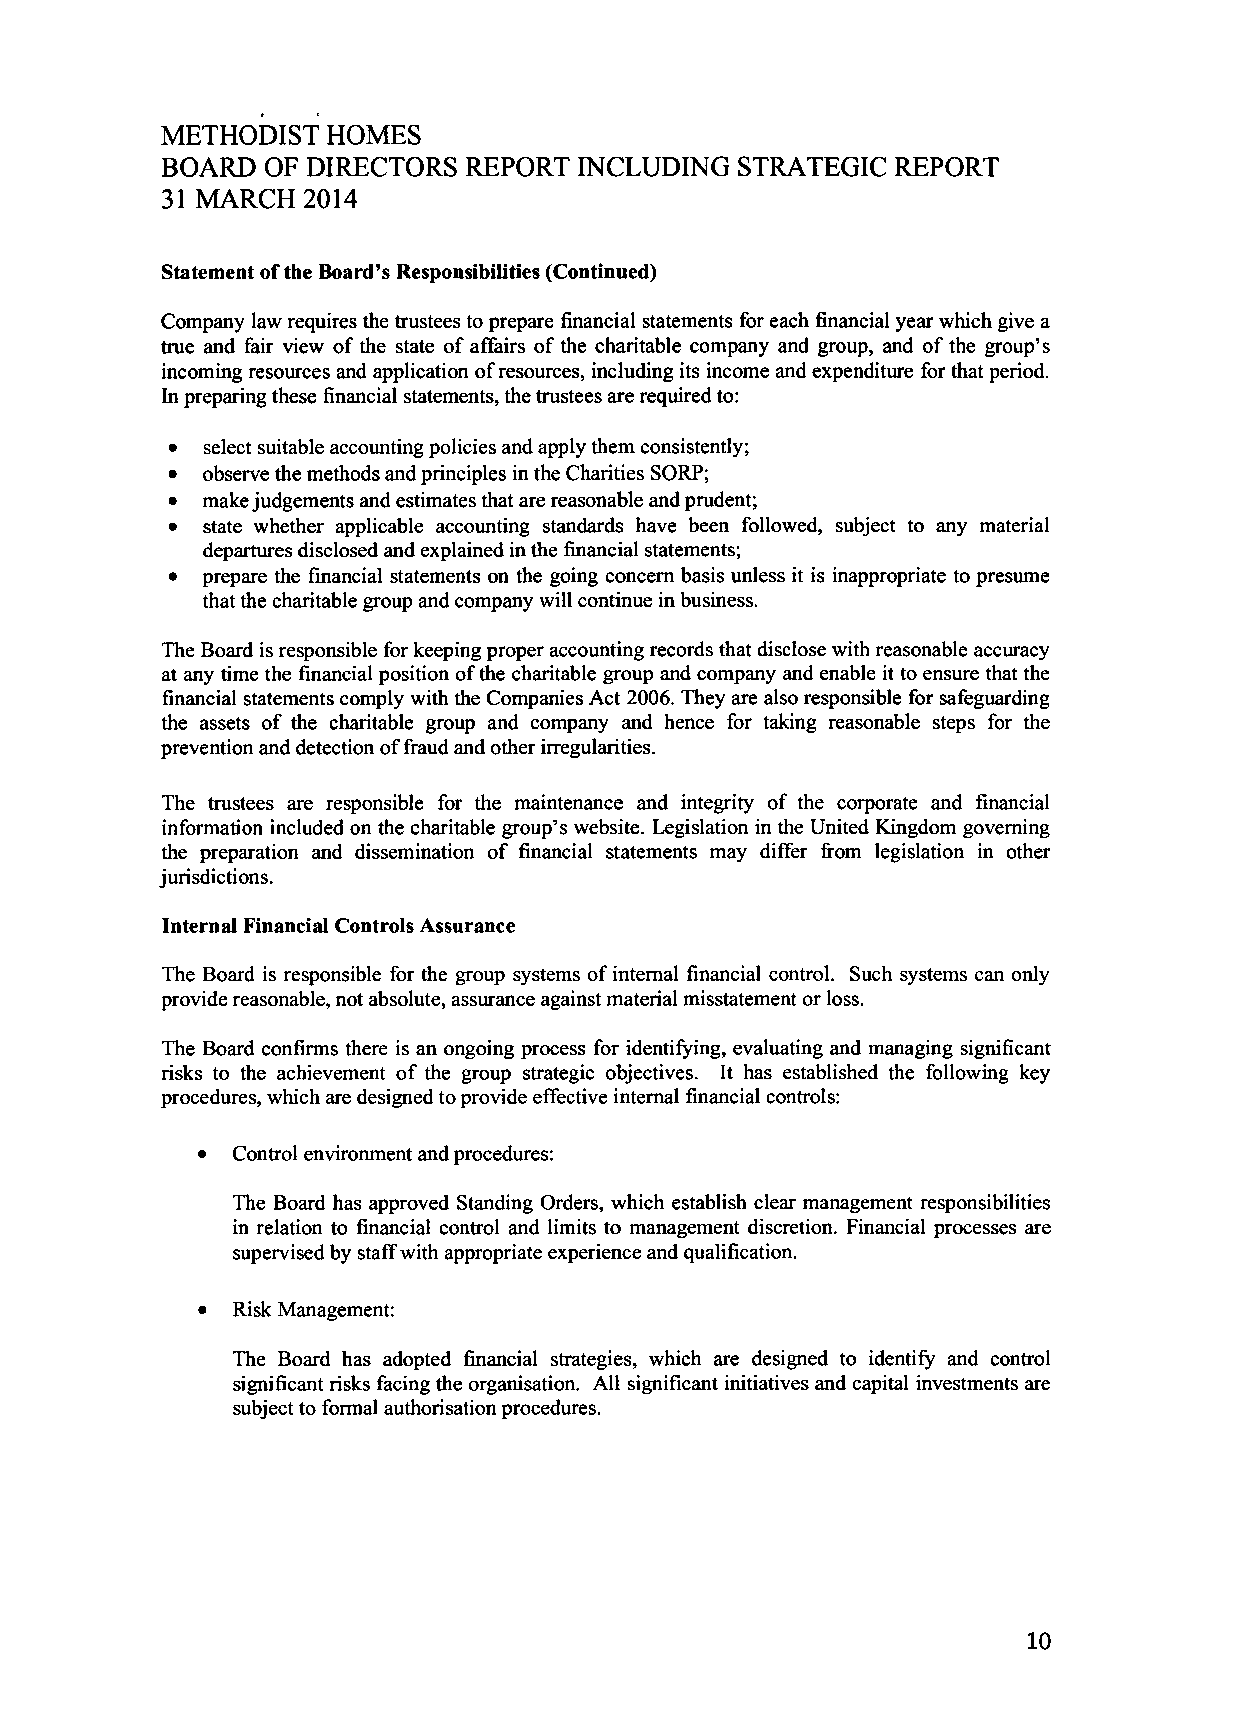
METHODIST  HOMES
 BOARD  OF DIRECTORS REPORT  INCLUDING STRATEGIC  REPORT
 31 MARCH 2014
 Statement of the Board's Responsibilities (Continued)
 Company law requires the trustees to prepare financial statements for each financial year which give a
 true and fair view of the state of affairs of the charitable company and group, and of the group's
 incoming resources and application of resources, including its income and expenditure for that period.
 In preparing these financial statements, the trustees are required to:
 •  select suitable accounting policies and apply them consistently;
 • observe the methods and principles in the Charities SORP;
 • make judgements and estimates that are reasonable and prudent;
 •  state whether applicable accounting standards have been followed, subject to any material
 departures disclosed and explained in the financial statements;
 • prepare the financial statements on the going concern basis unless it is inappropriate to presume
 that the charitable group and company will continue in business.
 The Board is responsible for keeping proper accounting records that disclose with reasonable accuracy
 at any time the financial position of the charitable group and company and enable it to ensure that the
 financial statements comply with the Companies Act 2006. They are also responsible for safeguarding
 the assets of the charitable group and company and hence for taking reasonable steps for the
 prevention and detection of fraud and other irregularities.
 The trustees are responsible for the maintenance and integrity of the corporate and financial
 information included on the charitable group's website. Legislation in the United Kingdom governing
 the preparation and dissemination of financial statements may differ from legislation in other
 jurisdictions.
 Internal Financial Controls Assurance
 The Board is responsible for the group systems of internal financial control. Such systems can only
 provide reasonable, not absolute, assurance against material misstatement or loss.
 The Board confirms there is an ongoing process for identifying, evaluating and managing significant
 risks to the achievement of the group strategic objectives. It has established the following key
 procedures, which are designed to provide effective internal financial controls:
 • Control environment and procedures:
 The Board has approved Standing Orders, which establish clear management responsibilities
 in relation to financial control and limits to management discretion. Financial processes are
 supervised by staff with appropriate experience and qualification.
 •  Risk Management:
 The Board has adopted financial strategies, which are designed to identify and control
 significant risks facing the organisation. All significant initiatives and capital investments are
 subject to formal authorisation procedures.
 10